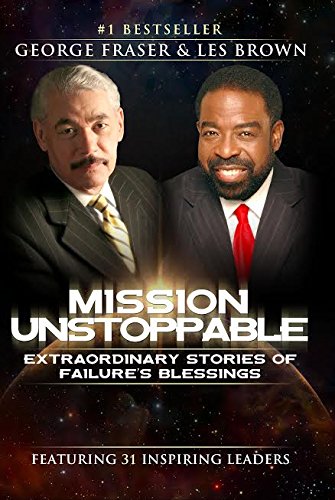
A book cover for Mission Unstoppable; Les Brown & Dr. George Fraser; Business & Money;